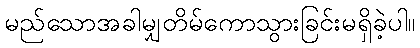
မည်သောအခါမျှတိမ်ကောသွားခြင်းမရှိခဲ့ပါ။